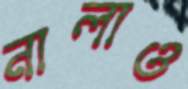
নালাও